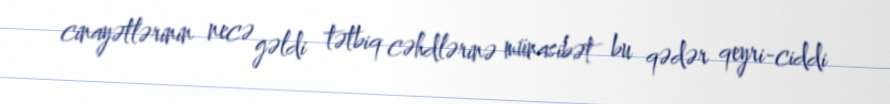
cinayətlərinin necə gəldi tətbiq cəhdlərinə münasibət bu qədər qeyri-ciddi